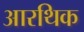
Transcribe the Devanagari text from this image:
आरथिक